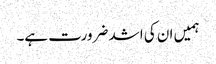
ہمیں ان کی اشد ضرورت ہے۔